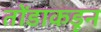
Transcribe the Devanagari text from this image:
तोंडाकडून